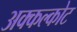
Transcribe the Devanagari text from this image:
अक्कल्कोट